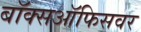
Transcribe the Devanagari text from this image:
बॉक्सऑफिसवर